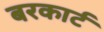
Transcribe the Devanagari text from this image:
बरकार्ट